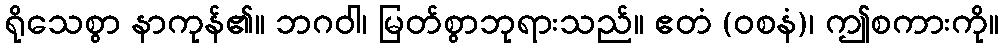
ရိုသေစွာ နာကုန်၏။ ဘဂဝါ၊ မြတ်စွာဘုရားသည်။ ဧတံ (ဝစနံ)၊ ဤစကားကို။